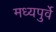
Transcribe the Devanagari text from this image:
मध्यपुर्वे